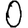
Digit: 0